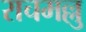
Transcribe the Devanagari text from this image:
राचमल्लु